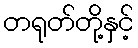
တရုတ်တို့နှင့်